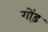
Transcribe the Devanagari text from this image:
गोंड़